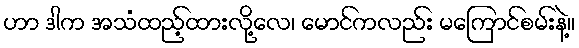
ဟာ ဒါက အသံထည့်ထားလို့လေ၊ မောင်ကလည်း မကြောင်စမ်းနဲ့။